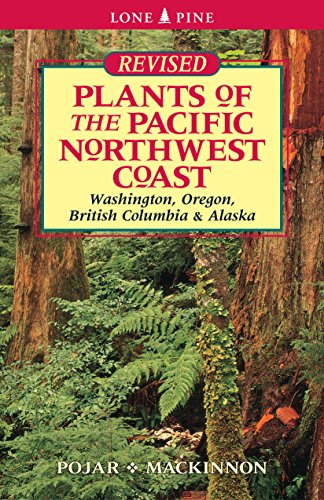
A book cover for Plants of the Pacific Northwest Coast; Jim Pojar; Science & Math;